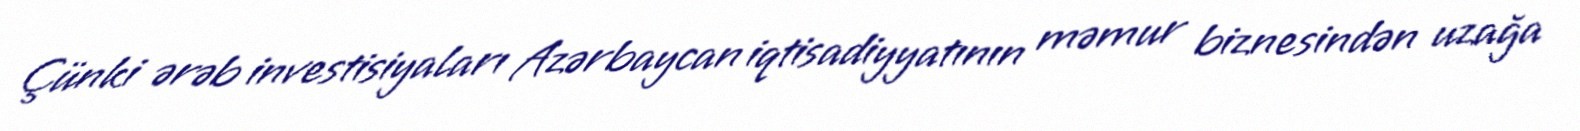
Çünki ərəb investisiyaları Azərbaycan iqtisadiyyatının məmur biznesindən uzağa